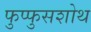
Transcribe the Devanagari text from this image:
फुप्फुसशोथ